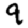
Digit: 9